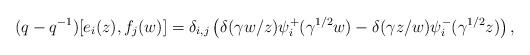
LaTeX: \begin{align*} (q-q^{-1})[e_i(z),f_j(w)]=\delta_{i,j}\left(\delta(\gamma w/z)\psi_i^+(\gamma^{1/2}w)-\delta(\gamma z/w)\psi_i^-(\gamma^{1/2}z)\right),\end{align*}